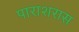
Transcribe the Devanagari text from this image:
पाराशरास